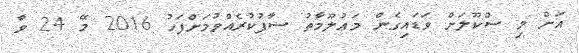
އަށް މި ސްކޫލަށް ވަޑައިގެން މަޢުލޫމާތު ސާފުކުރެއްވުމަށްފަހު 2016 މޭ 24 ވާ